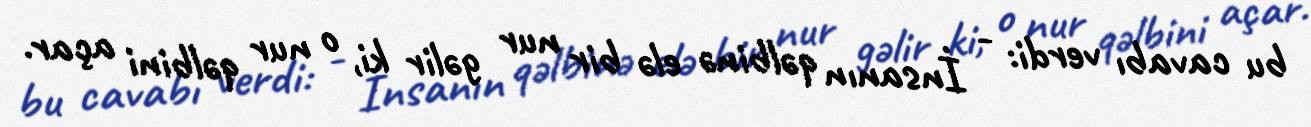
bu cavabı verdi: - İnsanın qəlbinə elə bir nur gəlir ki, o nur qəlbini açar.